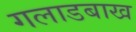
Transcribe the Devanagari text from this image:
गलाडबाख